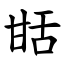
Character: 甛